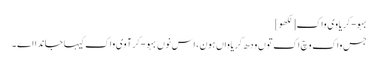
بہو-کریاوی واک[لکھو]
جس واک وچ اک توں ودھ کریاواں ہون ، اس نوں بہو-کرآوی واک کیہا جاندا اے ۔